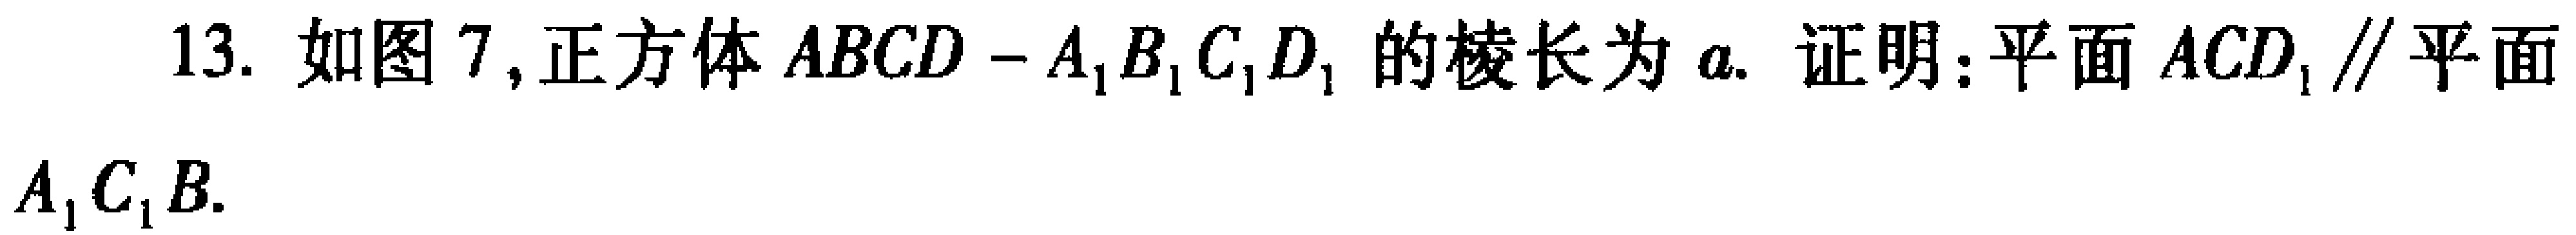
13. 如图 7, 正方体 \(ABCD - A_{1}B_{1}C_{1}D_{1}\) 的棱长为 \(a\). 证明：平面 \(ACD_{1}\parallel\) 平面 \(A_{1}C_{1}B\).